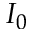
I _ { 0 }